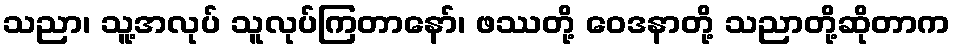
သညာ၊ သူ့အလုပ် သူလုပ်ကြတာနော်၊ ဖဿတို့ ဝေဒနာတို့ သညာတို့ဆိုတာက